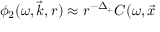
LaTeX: \phi _ { 2 } ( \omega , \vec { k } , r ) \approx r ^ { - \Delta _ { + } } C ( \omega , \vec { x }